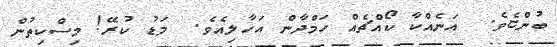
ބުންޏެވެ.  އަނެއްކާ ކޯއްޗެއް ހަމްދާން އަހާލިއެވެ.  މަޑު ކުރޭ! މިސްކިތުން